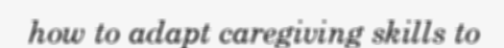
how to adapt caregiving skills to